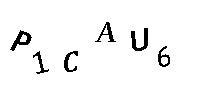
P1CAU6